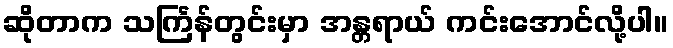
ဆိုတာက သင်္ကြန်တွင်းမှာ အန္တရာယ် ကင်းအောင်လို့ပါ။